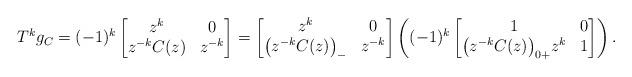
LaTeX: \begin{gather*}T^{k}g_{C}=(-1)^{k}\begin{bmatrix} z^{k}&0\\z^{-k}C(z)&z^{-k}\end{bmatrix}=\begin{bmatrix}z^{k}&0\\\big(z^{-k}C(z)\big)_{-}&z^{-k}\end{bmatrix}\left((-1)^{k} \begin{bmatrix} 1&0\\ \big(z^{-k}C(z)\big)_{0+}z^{k}&1 \end{bmatrix}\right).\end{gather*}